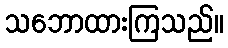
သဘောထားကြသည်။